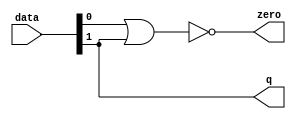
module  fp_convert_altpriority_encoder_3e8
	( 
	data,
	q,
	zero) ;
	input   [1:0]  data;
	output   [0:0]  q;
	output   zero;
	assign
		q = {data[1]},
		zero = (~ (data[0] | data[1]));
endmodule